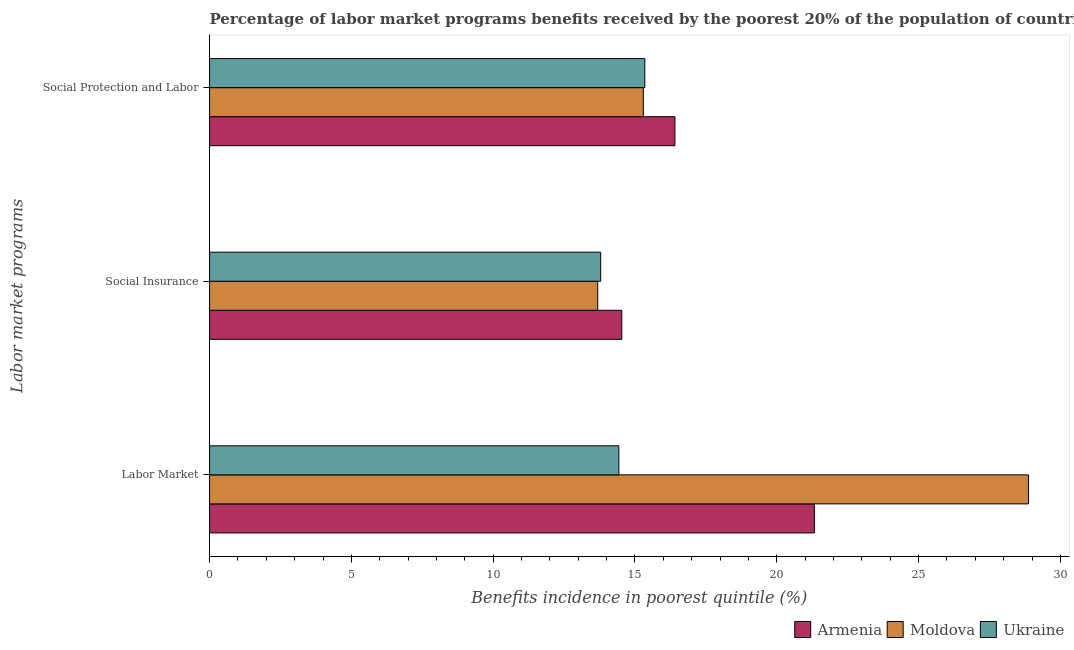
| Labor market programs | Armenia | Moldova | Ukraine |
 | --- | --- | --- | --- |
 | Labor Market | 21.3 | 28.9 | 14.4 |
 | Social Insurance | 14.5 | 13.7 | 13.8 |
 | Social Protection and Labor | 16.4 | 15.3 | 15.3 |